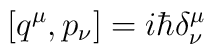
\left[ q^{\mu}, p_{\nu} \right]=i\hbar \delta^{\mu}_{\nu}